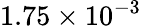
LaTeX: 1.75\times{{10}^{-3}}